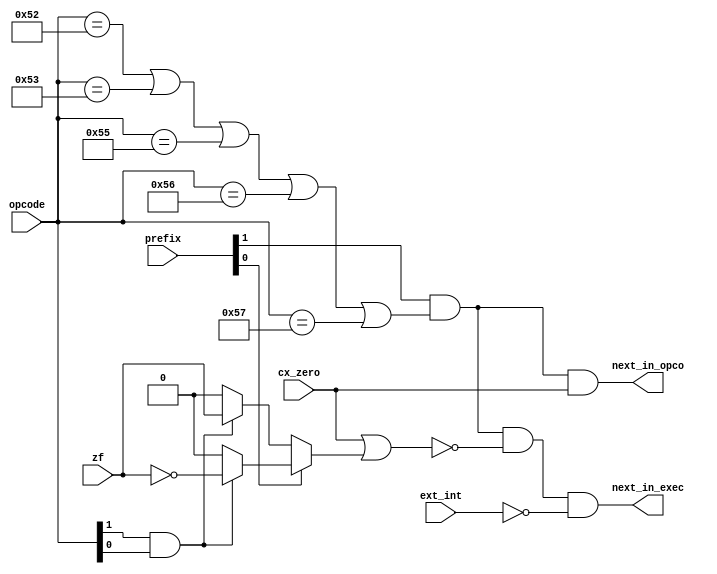
module zet_next_or_not_1 (
    input [1:0] prefix,
    input [7:1] opcode,
    input cx_zero,
    input zf,
    input ext_int,
    output next_in_opco,
    output next_in_exec
  );
  wire exit_z, cmp_sca, exit_rep, valid_ops;
  assign cmp_sca = opcode[2] & opcode[1];
  assign exit_z = prefix[0] ?  (cmp_sca ? ~zf : 1'b0 )
                            :  (cmp_sca ? zf : 1'b0 );
  assign exit_rep = cx_zero | exit_z;
  assign valid_ops = (opcode[7:1]==7'b1010_010   
                   || opcode[7:1]==7'b1010_011   
                   || opcode[7:1]==7'b1010_101   
                   || opcode[7:1]==7'b1010_110   
                   || opcode[7:1]==7'b1010_111); 
  assign next_in_exec = prefix[1] && valid_ops && !exit_rep && !ext_int;
  assign next_in_opco = prefix[1] && valid_ops && cx_zero;
endmodule